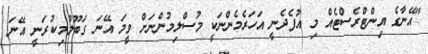
"އޭނާގެ އިންޓްރެސްޓެއް މި އުފެދެނީ އަހަރެމެންނަކީ މުސްލިމުންނަށް ވީމަ އޭނަ ގަބޫލުމިކުރަނީ އޭނަ